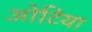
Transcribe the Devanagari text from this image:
ओटिया